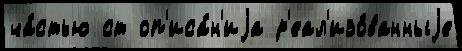
ча́стью ст оп'иса́н'иjа р'еал'изо́ванныjе